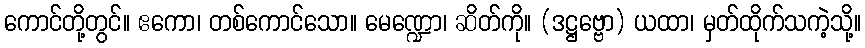
ကောင်တို့တွင်။ ဧကော၊ တစ်ကောင်သော။ မေဏ္ဍော၊ ဆိတ်ကို။ (ဒဋ္ဌဗ္ဗော) ယထာ၊ မှတ်ထိုက်သကဲ့သို့။